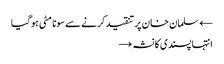
← سلمان خان پر تنقید کرنے سے سونا مٹی ہو گیا
انتہا پسندی کا نشہ →